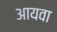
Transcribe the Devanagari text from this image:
आयवा